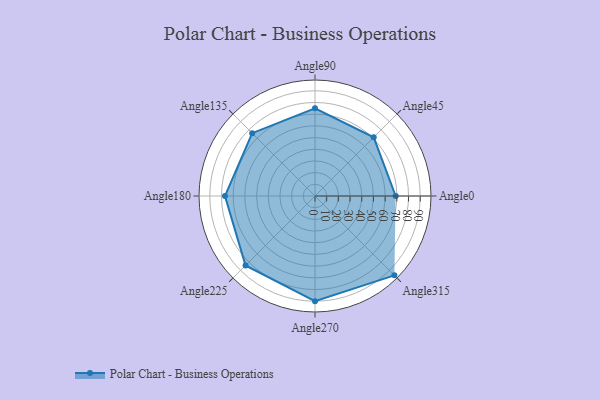
{"axis": {"x": "Angle", "y": "Radius"}, "legend": [""], "data": [{"x": "Angle0", "y": 69.0, "type": ""}, {"x": "Angle45", "y": 71.0, "type": ""}, {"x": "Angle90", "y": 75.0, "type": ""}, {"x": "Angle135", "y": 76.0, "type": ""}, {"x": "Angle180", "y": 77.0, "type": ""}, {"x": "Angle225", "y": 84.0, "type": ""}, {"x": "Angle270", "y": 90.0, "type": ""}, {"x": "Angle315", "y": 96.0, "type": ""}]}